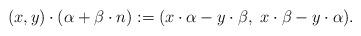
LaTeX: \begin{align*}(x,y) \cdot (\alpha + \beta \cdot n) := (x \cdot \alpha - y \cdot \beta, \ x \cdot \beta - y \cdot \alpha).\end{align*}